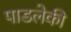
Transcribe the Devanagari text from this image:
पाडलेकी